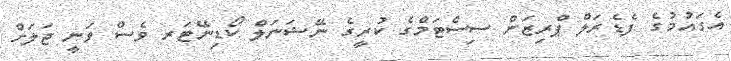
އެގައުމުގެ ފެޑެރަލް ޕްރިޒަން ސިސްޓަމްގެ ކުރީގެ ނޭޝަނަލް ކޯޑިނޭޓަރ ވެސް ވަނީ ޖަލަށް